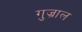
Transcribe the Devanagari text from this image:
गुज्राल